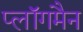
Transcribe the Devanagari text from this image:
प्लॉगमैन